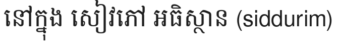
នៅក្នុង សៀវភៅ អធិស្ថាន (siddurim)